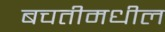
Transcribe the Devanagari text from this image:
बचतीमधील